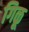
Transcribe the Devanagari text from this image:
गिळू